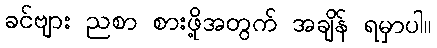
ခင်ဗျား ညစာ စားဖို့အတွက် အချိန် ရမှာပါ။